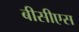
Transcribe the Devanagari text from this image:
बीसीएस